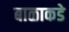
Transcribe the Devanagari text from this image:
बाळाकडे